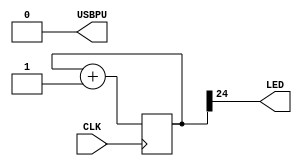
/*

Basic LED blinker

*/

`default_nettype none

module top (
  input CLK,    // 16MHz clock for TinyFPGA-BX
  output LED,   // User/boot LED next to power LED
  output USBPU  // USB pull-up resistor
);

  // drive USB pull-up resistor to '0' to disable USB
  assign USBPU = 1'b0;

  reg [24:0] counter;
  always @(posedge CLK) counter <= counter + 1'b1;

  assign LED = counter[24];  // ~1.907 seconds

endmodule